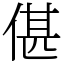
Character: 偡